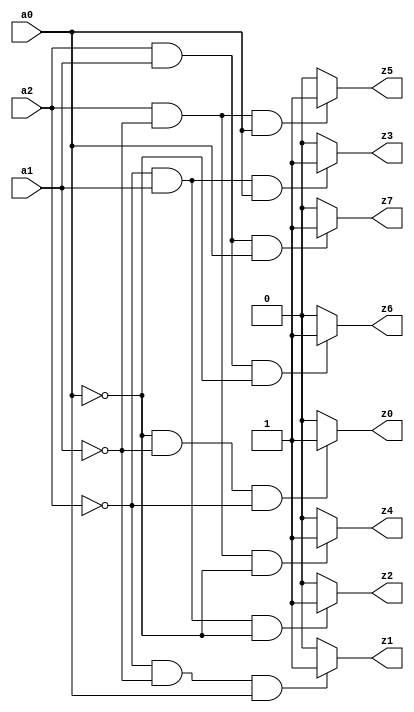
`timescale 1ns / 1ps

module lab_4_conditional(
    input a0, a1, a2,
    output z0, z1, z2, z3, z4, z5, z6, z7
    );
    
    assign z0 = (~a0 & ~a1 & ~a2) ? 1'b1: 1'b0;
    assign z1 = (~a2 & ~a1 & a0) ? 1'b1: 1'b0;
    assign z2 = (~a2 & a1 & ~a0) ? 1'b1: 1'b0;
    assign z3 = (~a2 & a1 & a0) ? 1'b1: 1'b0;
    assign z4 = (a2 & ~a1 & ~a0) ? 1'b1: 1'b0;    
    assign z5 = (a2 & ~a1 & a0) ? 1'b1: 1'b0;
    assign z6 = (a2 & a1 & ~a0) ? 1'b1: 1'b0;
    assign z7 = (a2 & a1 & a0) ? 1'b1: 1'b0;
    
    
endmodule